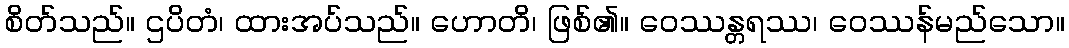
စိတ်သည်။ ဌပိတံ၊ ထားအပ်သည်။ ဟောတိ၊ ဖြစ်၏။ ဝေဿန္တရဿ၊ ဝေဿန်မည်သော။